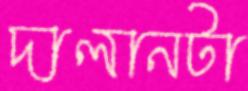
দালানটা